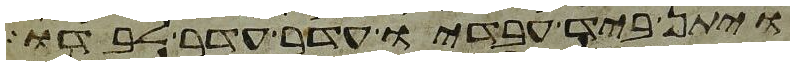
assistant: ויתן ביד עבדיו עדר עדר לבדו